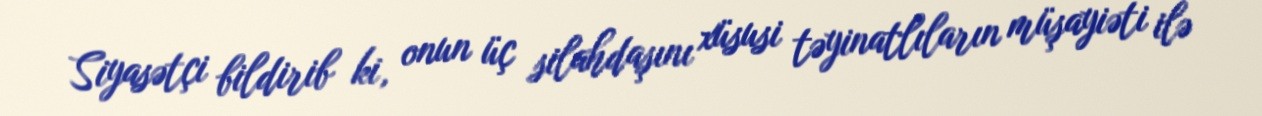
Siyasətçi bildirib ki, onun üç silahdaşını xüsusi təyinatlıların müşayiəti ilə